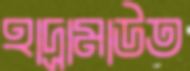
হাদ্রামাউত